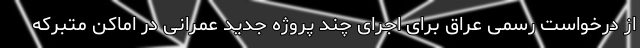
از درخواست رسمی عراق برای اجرای چند پروژه جدید عمرانی در اماکن متبرکه